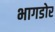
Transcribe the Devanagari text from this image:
भागडोर